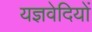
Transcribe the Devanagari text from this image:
यज्ञवेदियों